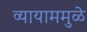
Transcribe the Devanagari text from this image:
व्यायाममुळे